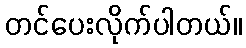
တင်ပေးလိုက်ပါတယ်။